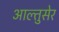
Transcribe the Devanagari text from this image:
आल्तुसेर